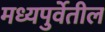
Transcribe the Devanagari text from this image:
मध्यपुर्वेतील